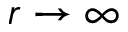
r \rightarrow \infty